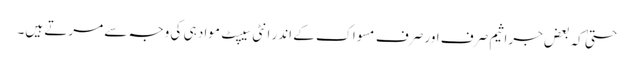
حتیٰ کہ بعض جراثیم صرف اور صرف مسواک کے اندر انٹی سیپٹ مواد ہی کی وجہ سے مرتے ہیں۔